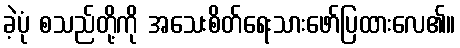
ခဲ့ပုံ စသည်တို့ကို အသေးစိတ်ရေးသားဖော်ပြထားလေ၏။